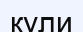
кули